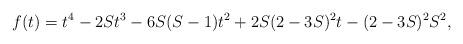
LaTeX: \begin{align*}\aligned&f(t)=t^4-2St^3-6S(S-1)t^2+2S(2-3S)^2t-(2-3S)^2S^2,\endaligned\end{align*}